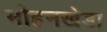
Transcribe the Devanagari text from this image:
मोहनखेडा